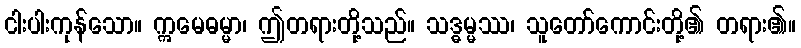
ငါးပါးကုန်သော။ ဣမေဓမ္မာ၊ ဤတရားတို့သည်။ သဒ္ဓမ္မဿ၊ သူတော်ကောင်းတို့၏ တရား၏။